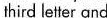
hird letter and